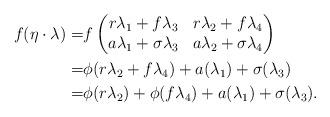
LaTeX: \begin{align*}f(\eta \cdot \lambda)=&f \begin{pmatrix} r\lambda_1+ f \lambda_3 & r\lambda_2+ f \lambda_4 \\ a\lambda_1+ \sigma \lambda_3 & a\lambda_2+ \sigma \lambda_4\\ \end{pmatrix} \\=& \phi(r\lambda_2+ f \lambda_4) + a(\lambda_1)+ \sigma (\lambda_3) \\=& \phi(r \lambda_2)+\phi(f \lambda_4)+ a(\lambda_1)+ \sigma (\lambda_3). \\\end{align*}